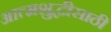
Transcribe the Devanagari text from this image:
आत्मशुद्धीसाठी